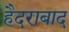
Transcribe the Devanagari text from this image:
हैैदराबाद